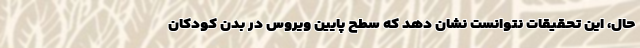
حال، این تحقیقات نتوانست نشان دهد که سطح پایین ویروس در بدن کودکان